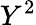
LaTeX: Y^{2}